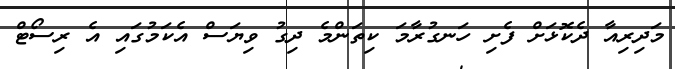
މަދިރިއާ ދެކޮޅަށް ފެށި ހަނގުރާމަ ކިތަންމެ ދިގު ވިޔަސް އެކަމުގައި އެ ރިސޯޓް